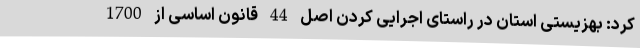
کرد: بهزیستی استان در راستای اجرایی کردن اصل 44 قانون اساسی از 1700